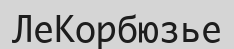
ЛеКорбюзье